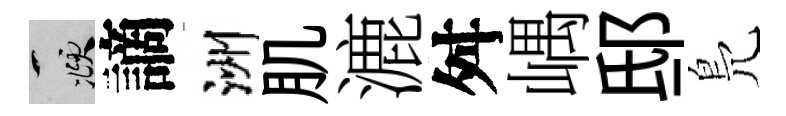
頫謫洲肌漉舛嵎邸鳬